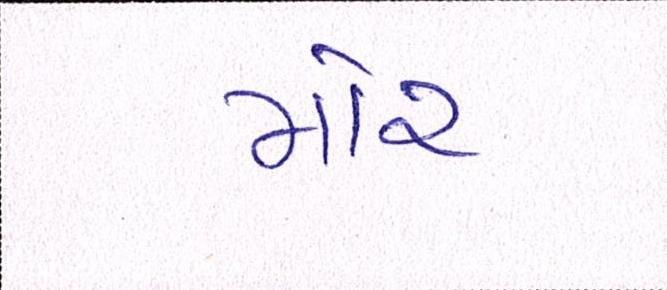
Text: મોર